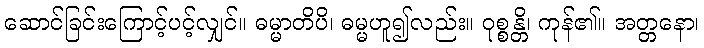
ဆောင်ခြင်းကြောင့်ပင့်လျှင်။ ဓမ္မာတိပိ၊ ဓမ္မဟူ၍လည်း။ ဝုစ္စန္တိ၊ ကုန်၏။ အတ္တနော၊